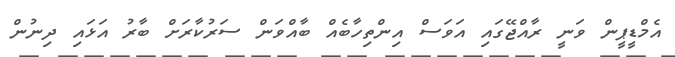
އެމްޑީޕީން ވަނީ ރާއްޖޭގައި އަވަސް އިންތިހާބެއް ބާއްވަން ސަރުކާރަށް ބާރު އަޅައި ދިނުން